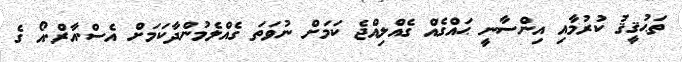
ތަޙުޤީޤު ކުރުމާއި އިންސާނީ ޙައްގެއް ގެއްލިއްޖެ ކަމަށް ނުވަތަ ގެއްލެމުންދާކަމަށް އެސް.އާރް.އޯ ގެ